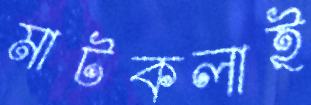
মাটকলাই